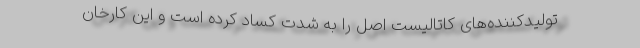
تولید‌کننده‌های کاتالیست اصل را به شدت کساد کرده است و این کارخان